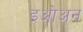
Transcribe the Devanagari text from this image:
इओअन